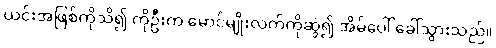
ယင်းအဖြစ်ကိုသိ၍ ကိုဦးက မောင်မျိုးလက်ကိုဆွဲ၍ အိမ်ပေါ် ခေါ်သွားသည်။